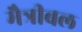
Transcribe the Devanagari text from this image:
मैत्रीबल